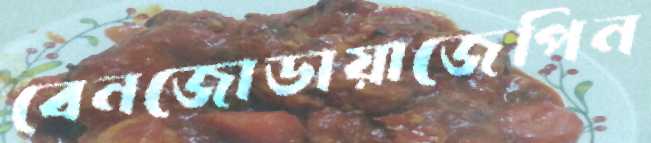
বেনজোডায়াজেপিন